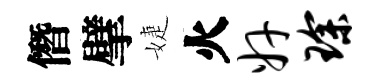
僭擘婕火奸琛